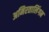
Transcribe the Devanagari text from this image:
अमिरतालिंगम